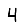
Digit: 4